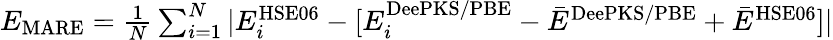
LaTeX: \begin{array}{r}{E_{\textrm{MARE}}=\frac{1}{N}\sum_{i=1}^{N}|E_{i}^{\textrm{HSE06}}-[E_{i}^{\textrm{DeePKS/PBE}}-\bar{E}^{\textrm{DeePKS/PBE}}+\bar{E}^{\textrm{HSE06}}]|}\end{array}